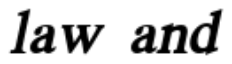
law and